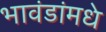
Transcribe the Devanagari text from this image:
भावंडांमधे